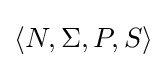
\langle N,\Sigma ,P,S\rangle